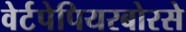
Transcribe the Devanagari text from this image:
वेर्टपेपियरबोरसे